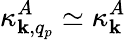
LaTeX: \kappa_{{\mathbf k},q_{p}}^{A}\simeq\kappa_{{\mathbf k}}^{A}